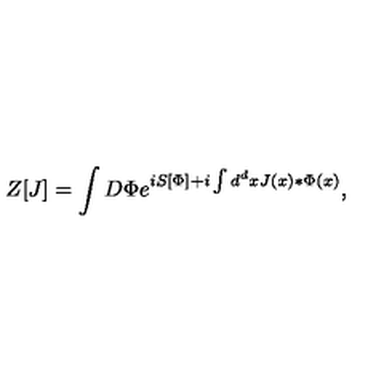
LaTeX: Z [ J ] = \int D \Phi e ^ { i S [ \Phi ] + i \int d ^ { d } x J ( x ) * \Phi ( x ) } ,